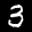
Digit: 3